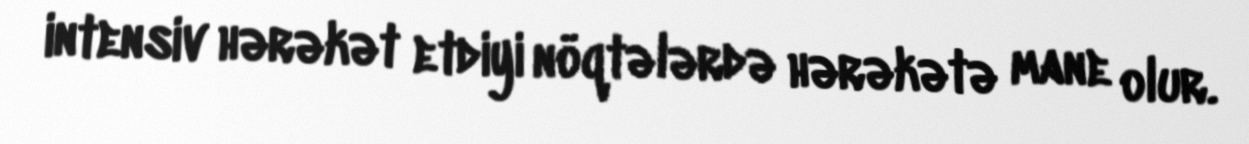
intensiv hərəkət etdiyi nöqtələrdə hərəkətə mane olur.